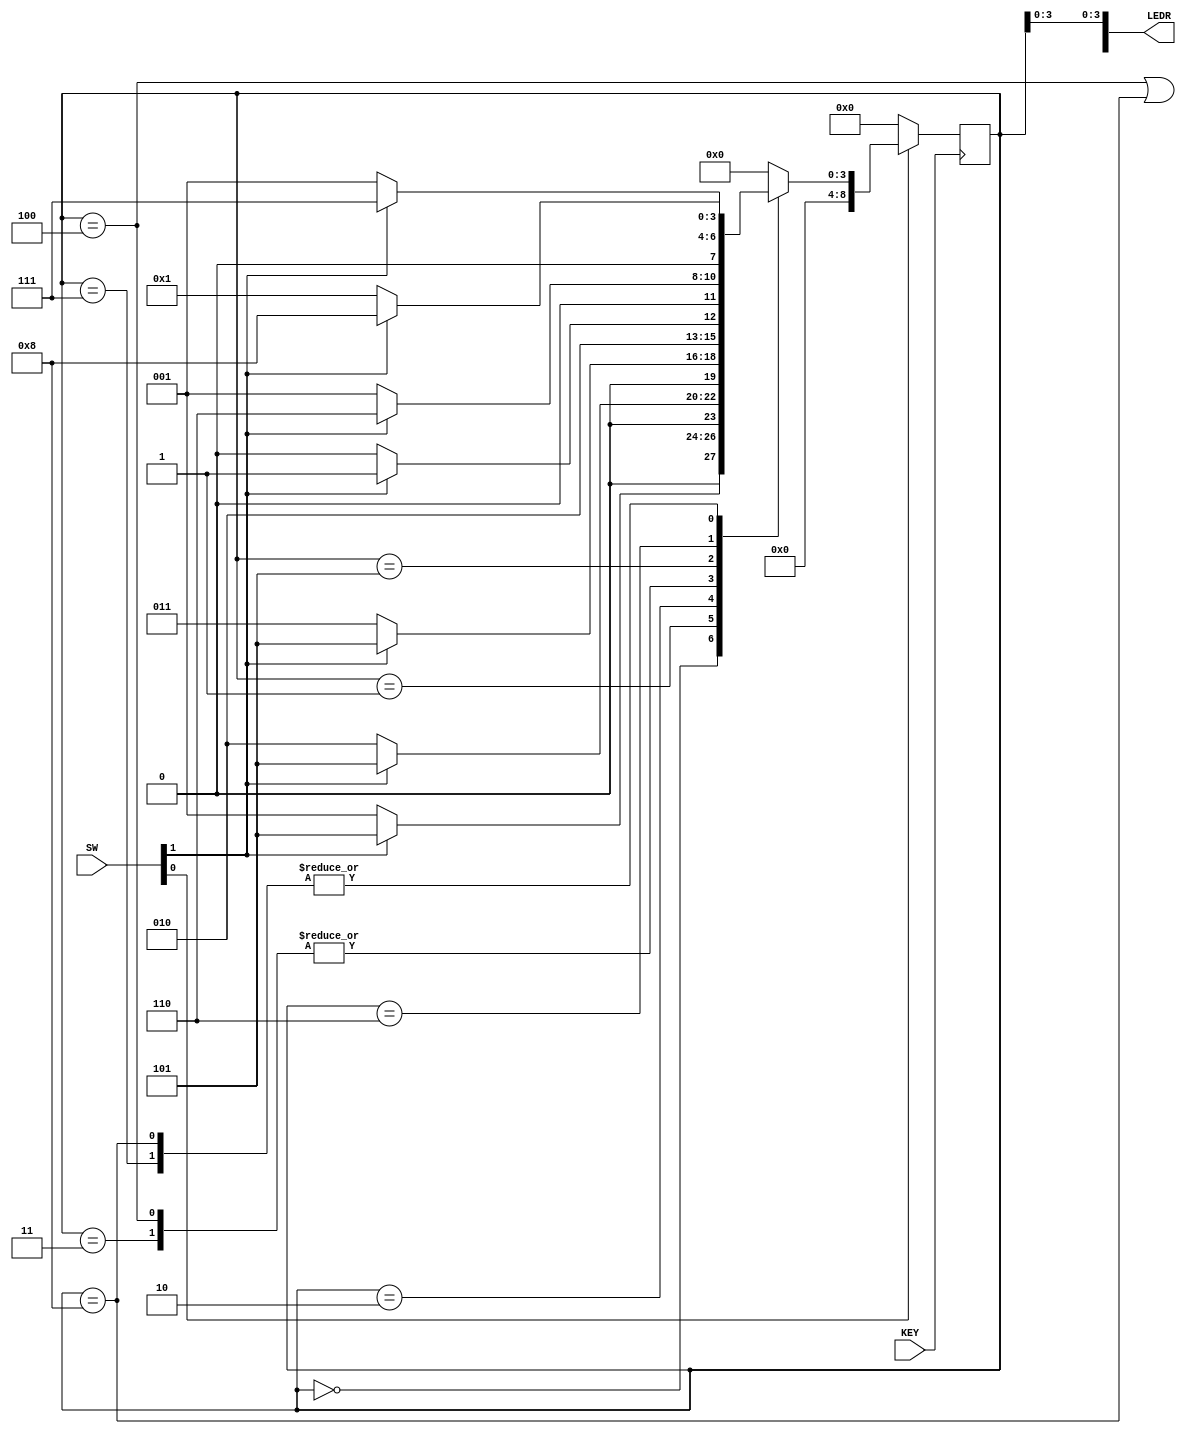
module part2(SW,LEDR,KEY);
input [1:0] SW;
input [0:0] KEY;
wire z;
//input [9:0] LEDR;
assign LEDR[9] = z;
output [9:0] LEDR;
wire Reset = ~SW[0];
wire clk = KEY[0];
wire w = SW[1];
reg [8:0] y_Q,y_D;//y_Q represents the current state, y_D represents the next state
parameter A = 4'b0000, B = 4'b0001, C = 4'b0010, 
D = 4'b0011, E = 4'b0100, F = 4'b0101, G = 4'b0110,
 H = 4'b0111, I = 4'b1000;

 always@(w, y_Q)
 begin: state_table
 	case(y_Q)
 		A: if(!w) y_D = B;
 			else y_D = F;
 		B: if(!w) y_D = C;
 			else y_D = F;
 		C: if(!w) y_D = D;
 			else y_D = F;
 		D: if(!w) y_D = E;
 			else y_D = F;
 		E: if(!w) y_D = E;
 			else y_D = F;
 		F: if(!w) y_D = B;
 			else y_D = G;
 		G: if(!w) y_D = B;
 			else y_D = H;
 		H: if(!w) y_D = B;
 			else y_D = I;
 		I: if(!w) y_D = B;
 			else y_D = I;
 		default: y_D = A;
 	endcase
 end// state_table
always@(posedge clk) 
begin: state_FFs
	if(Reset) y_Q <= A;
	else y_Q <= y_D;
end// state_FFs
assign z = (y_Q == E) | (y_Q == I);
assign LEDR[3:0] = y_Q;
endmodule